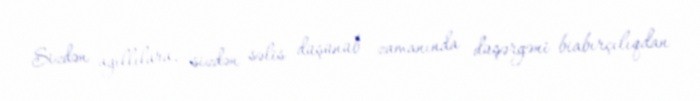
Sizdən ağıllılara, sizdən səlis düşünüb zamanında düşərgəni biabırçılıqdan